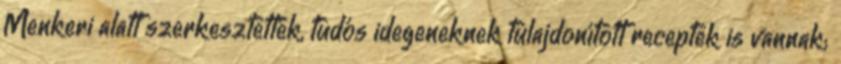
Menkeri alatt szerkesztették, tudós idegeneknek tulajdonított receptek is vannak;